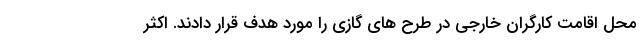
محل اقامت کارگران خارجی در طرح های گازی را مورد هدف قرار دادند. اکثر